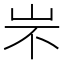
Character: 㞸